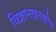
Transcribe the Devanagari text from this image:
विज्ञानाइतकीच